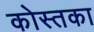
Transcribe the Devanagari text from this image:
कोस्तका